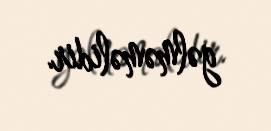
gəlməməlidir.